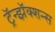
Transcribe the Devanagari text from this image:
ट्रॅन्झॅक्शन्स